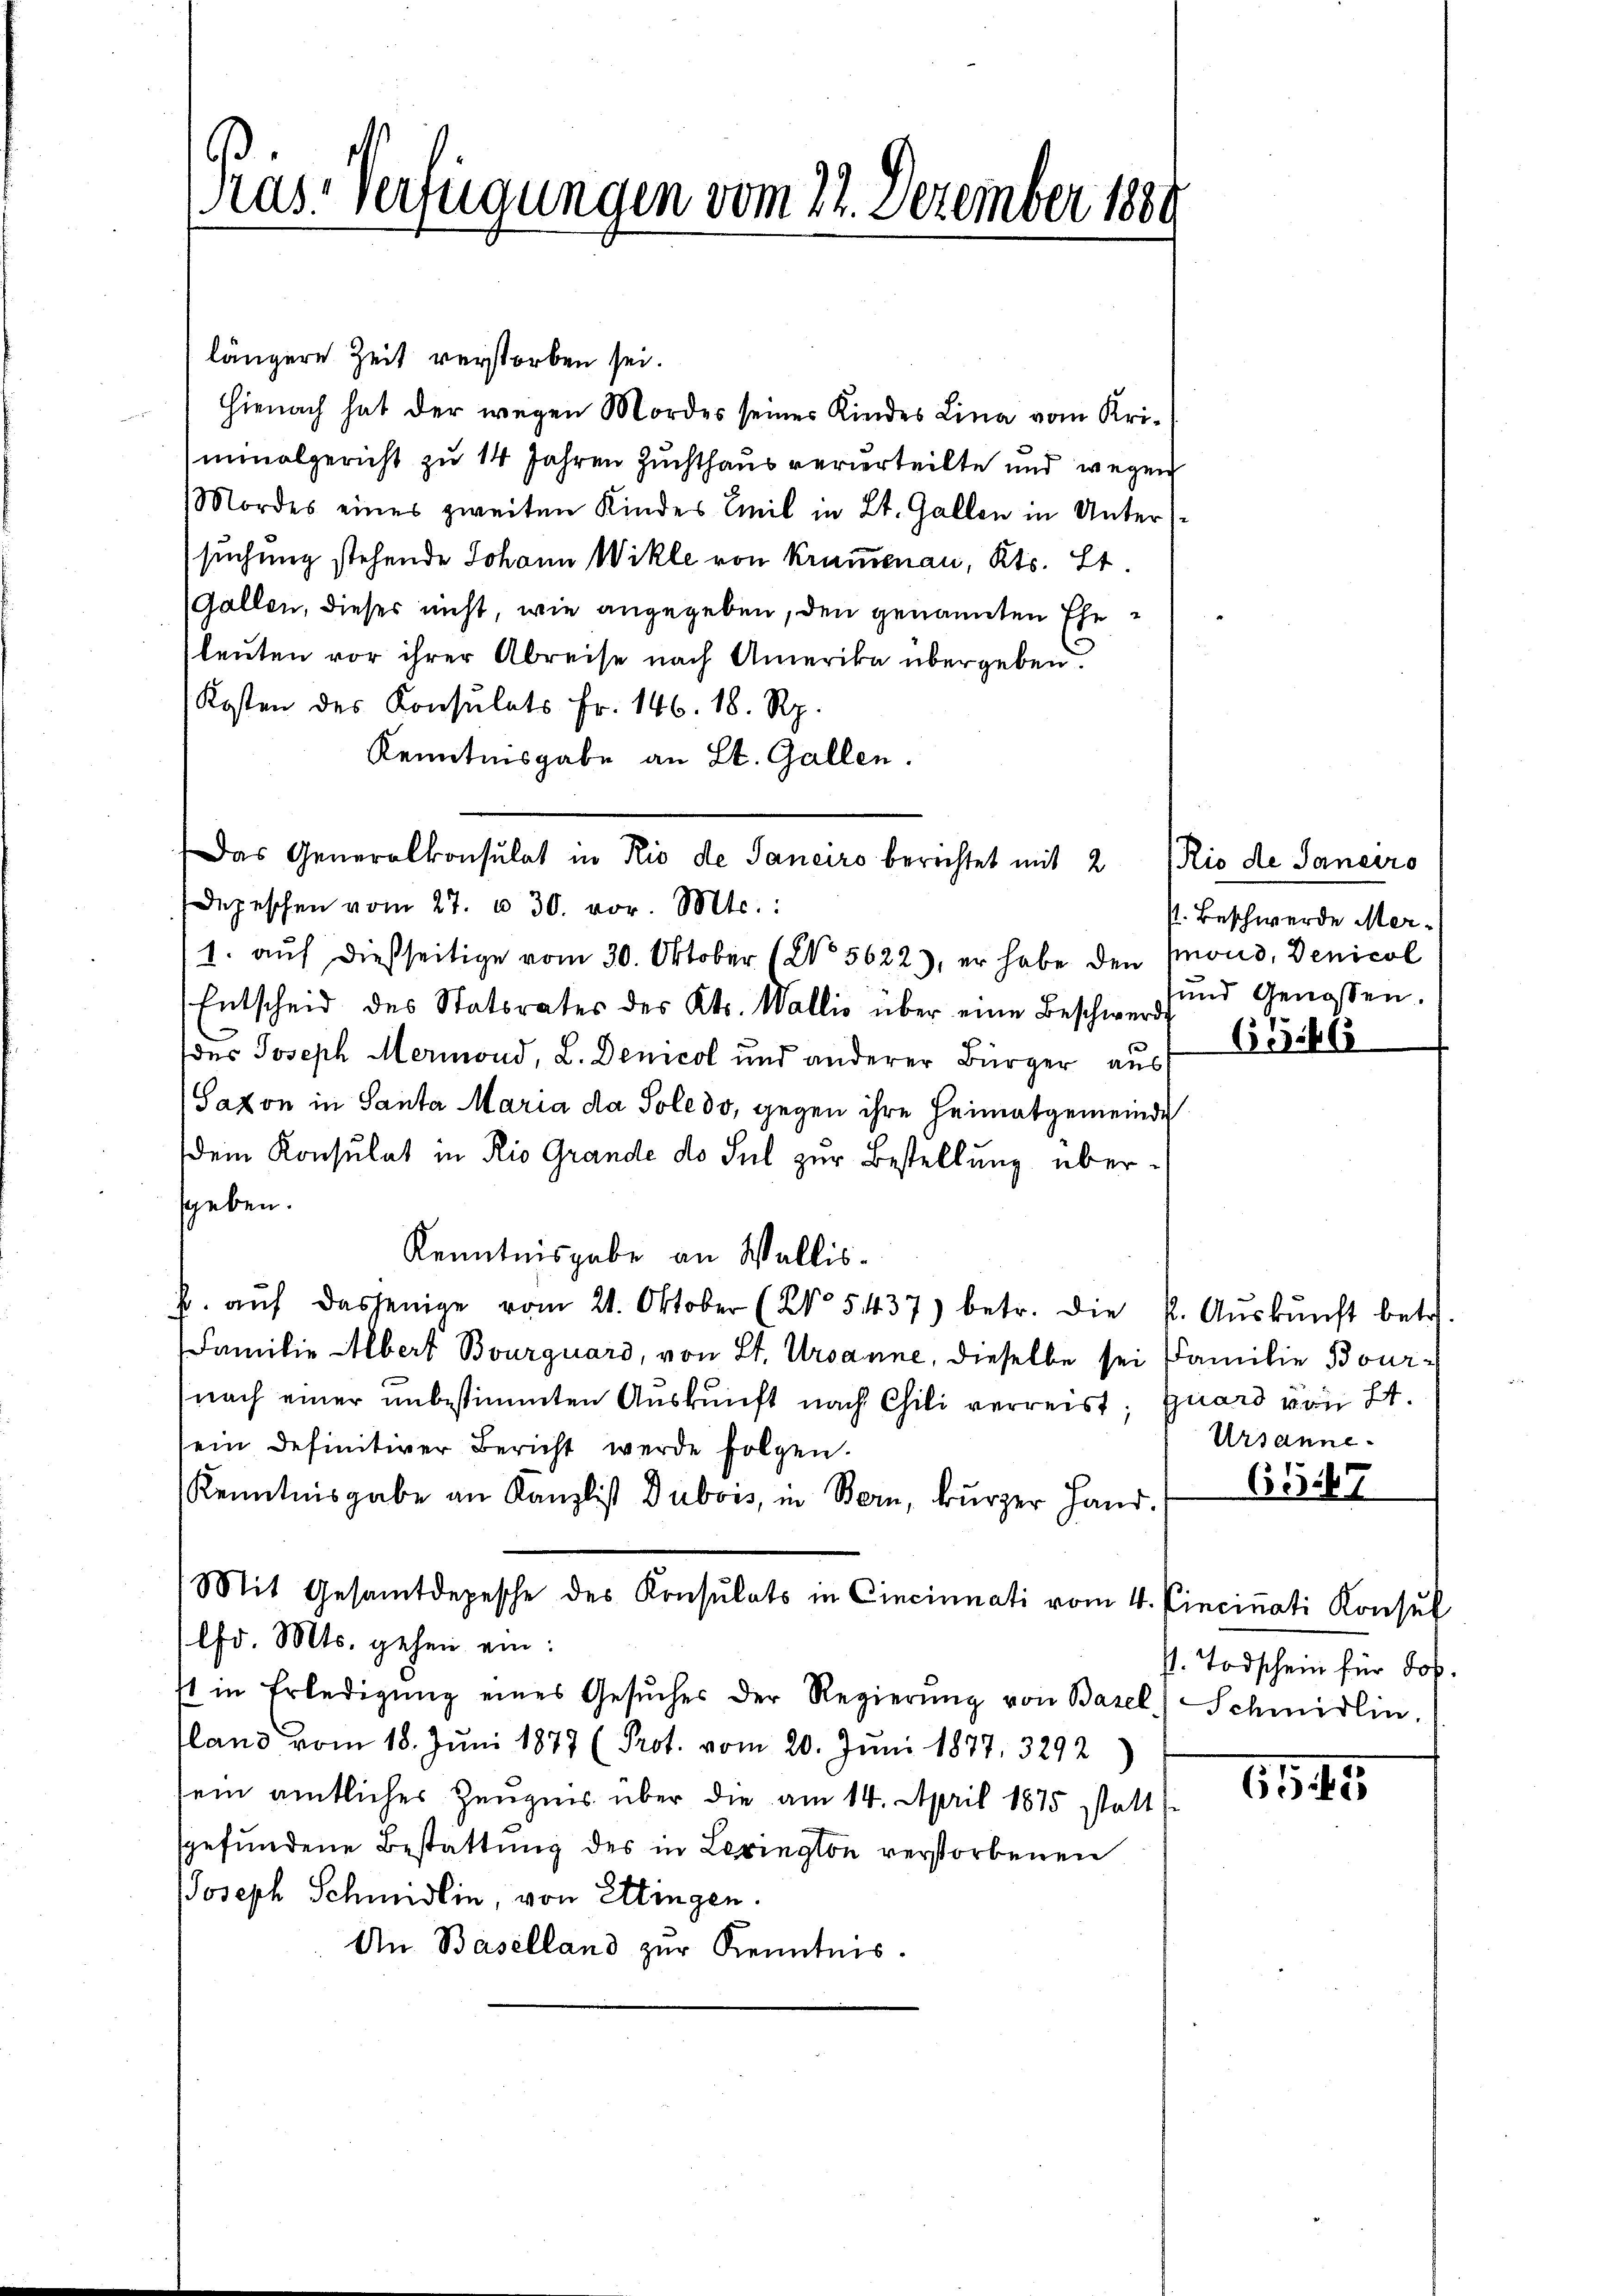
Präs. Verfügungen vom 22. Dezember 1881

längere Zeit verstorben sei.
Hienach hat der wegen Mordes seines Kindes Lina vom Uriminalgericht zu 14 Jahren Zuchthaus verwerteilte und wegen
Mordes eines zweiten Kindes Emil in Lt. Gallen in Untersuchung stehende Johann Wikle von Krumenau, Kts. Lt.
Gallen, dieses nicht, wie angegeben, den genannten Eheleuten vor ihrer Abreise nach Amerika übergeben.
Kosten des Konsulats Fr. 146. 18. Rp.
Kenntnisgabe an St. Gallen.
Depeschen vom 27. u. 30. vor. Mts.:
1. auf dießseitige vom 30. Oktober (No 5622), er habe den Mond, Denicol
Entscheid des Statsrates des Kts. Wallis über eine Beschwerde
des Joseph Mermond, L. Demcol und anderer Bürger aus
Saxon in Santa Maria da Soledo, gegen ihre Heimatgemeinde
dem Konsulat in Rio Grande do sul zur Bestellung übergeben.
Kenntnisgabe an Wallisp. aŭf dasjenige vom 21. Oktober (No 5437) betr. die k. Aŭskŭnft betr.
Familie Albert Bourquard, von St. Ursanne, dieselbe sei Familie Bournach einer unbestimmten Aŭskŭnft nach Chili verreist; guard von 21.
sein definitiver Bericht werde folgen.
Kenntnisgabe an Kanzlist Dubois, in Bern, kurzer Hand.
Mit Gesamtdepesche des Konsulats in Cincinnati vom 4. Cincinati Konsul
lfd. Mts. gehen ein:
st in Erledigŭng eines Gesŭches der Regierŭng von Basel Schmidlin.
land vom 18. Juni 1879 (Prot. vom 20. Juni 1877. 3292
sein amtliches Zeugnis über die am 14. April 1875 statt
fgefundene Bestattung des in Levington verstorbenen
Joseph Schmidlin, von Ettingen.
An Baselland zur Kenntnis.

Das Generalkonsulat in Rio de Sanciro berichtet mit 2

Rio de Saneiro
P. Beschwerde Mer¬
und Genossen.

655566

Ursanne

6547

st. Todschein für Jos.

61145